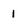
Character: 1